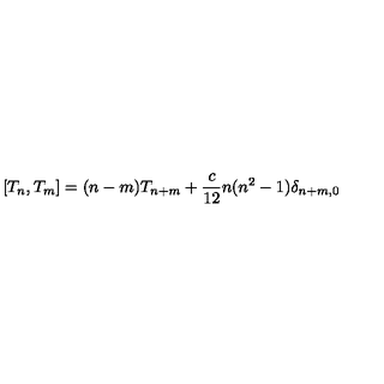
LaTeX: \left[ T _ { n } , T _ { m } \right] = ( n - m ) T _ { n + m } + \frac { c } { 1 2 } n ( n ^ { 2 } - 1 ) \delta _ { n + m , 0 }